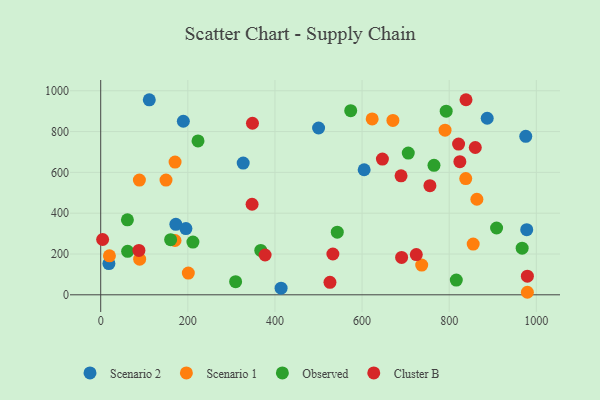
{"axis": {"x": "Investment", "y": "Yield"}, "legend": ["Cluster B", "Observed", "Scenario 1", "Scenario 2"], "data": [{"x": "887.3", "y": 865.2, "type": "Scenario 2"}, {"x": "327.1", "y": 645.7, "type": "Scenario 2"}, {"x": "414.1", "y": 32.7, "type": "Scenario 2"}, {"x": "172.5", "y": 345.3, "type": "Scenario 2"}, {"x": "975.8", "y": 776.5, "type": "Scenario 2"}, {"x": "604.8", "y": 612.9, "type": "Scenario 2"}, {"x": "111.5", "y": 955.8, "type": "Scenario 2"}, {"x": "18.8", "y": 153.0, "type": "Scenario 2"}, {"x": "500.2", "y": 817.4, "type": "Scenario 2"}, {"x": "189.7", "y": 850.5, "type": "Scenario 2"}, {"x": "195.6", "y": 324.5, "type": "Scenario 2"}, {"x": "978.0", "y": 319.0, "type": "Scenario 2"}, {"x": "979.5", "y": 12.4, "type": "Scenario 1"}, {"x": "149.9", "y": 562.5, "type": "Scenario 1"}, {"x": "88.8", "y": 562.5, "type": "Scenario 1"}, {"x": "855.1", "y": 248.7, "type": "Scenario 1"}, {"x": "670.8", "y": 854.8, "type": "Scenario 1"}, {"x": "20.0", "y": 191.2, "type": "Scenario 1"}, {"x": "790.5", "y": 806.8, "type": "Scenario 1"}, {"x": "623.2", "y": 862.1, "type": "Scenario 1"}, {"x": "170.7", "y": 650.3, "type": "Scenario 1"}, {"x": "89.4", "y": 174.8, "type": "Scenario 1"}, {"x": "170.6", "y": 266.2, "type": "Scenario 1"}, {"x": "863.6", "y": 468.4, "type": "Scenario 1"}, {"x": "201.1", "y": 106.3, "type": "Scenario 1"}, {"x": "838.0", "y": 569.6, "type": "Scenario 1"}, {"x": "736.9", "y": 145.8, "type": "Scenario 1"}, {"x": "573.9", "y": 902.3, "type": "Observed"}, {"x": "211.7", "y": 258.5, "type": "Observed"}, {"x": "706.1", "y": 694.7, "type": "Observed"}, {"x": "367.4", "y": 217.4, "type": "Observed"}, {"x": "793.1", "y": 899.9, "type": "Observed"}, {"x": "765.1", "y": 634.6, "type": "Observed"}, {"x": "160.5", "y": 270.0, "type": "Observed"}, {"x": "816.3", "y": 72.3, "type": "Observed"}, {"x": "543.1", "y": 307.0, "type": "Observed"}, {"x": "309.7", "y": 64.2, "type": "Observed"}, {"x": "967.5", "y": 228.4, "type": "Observed"}, {"x": "223.4", "y": 754.0, "type": "Observed"}, {"x": "61.8", "y": 213.3, "type": "Observed"}, {"x": "908.8", "y": 327.5, "type": "Observed"}, {"x": "61.3", "y": 367.5, "type": "Observed"}, {"x": "87.7", "y": 217.3, "type": "Cluster B"}, {"x": "821.6", "y": 738.6, "type": "Cluster B"}, {"x": "824.5", "y": 652.6, "type": "Cluster B"}, {"x": "347.5", "y": 443.9, "type": "Cluster B"}, {"x": "526.3", "y": 61.4, "type": "Cluster B"}, {"x": "646.7", "y": 665.4, "type": "Cluster B"}, {"x": "348.4", "y": 840.8, "type": "Cluster B"}, {"x": "755.8", "y": 534.8, "type": "Cluster B"}, {"x": "689.5", "y": 583.1, "type": "Cluster B"}, {"x": "377.4", "y": 195.0, "type": "Cluster B"}, {"x": "859.9", "y": 722.0, "type": "Cluster B"}, {"x": "690.8", "y": 183.2, "type": "Cluster B"}, {"x": "724.5", "y": 197.3, "type": "Cluster B"}, {"x": "838.6", "y": 956.1, "type": "Cluster B"}, {"x": "533.0", "y": 199.9, "type": "Cluster B"}, {"x": "4.4", "y": 271.1, "type": "Cluster B"}, {"x": "979.5", "y": 91.1, "type": "Cluster B"}]}